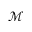
\mathcal { M }